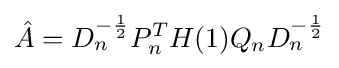
{\hat {A}}=D_{n}^{-{\frac {1}{2}}}P_{n}^{T}H(1)Q_{n}D_{n}^{-{\frac {1}{2}}}